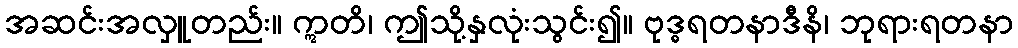
အဆင်းအလှူတည်း။ ဣတိ၊ ဤသို့နှလုံးသွင်း၍။ ဗုဒ္ဓရတနာဒီနိ၊ ဘုရားရတနာ